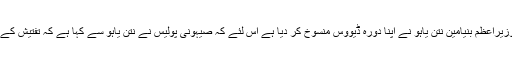
دوسری جانب لبنان کی العہد ویب سائٹ نے باخبر ذرائع کے حوالے سے رپورٹ دی ہے کہ صیہونی وزیراعظم بنیامین نتن یاہو نے اپنا دورہ ڈیووس منسوخ کر دیا ہے اس لئے کہ صیہونی پولیس نے نتن یاہو سے کہا ہے کہ تفتیش کے عمل اور قانونی کارروائی میں کوئی رکاوٹ پیدا نہ ہونے پائے اس لئے وہ غیر ملکی سفر پر نہ جائیں۔